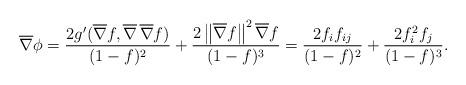
LaTeX: \begin{align*}\overline{\nabla}{\phi}=\frac{2g'(\overline{\nabla}{f},\overline{\nabla}\,\overline{\nabla}{f})}{(1-f)^{2}}+\frac{2\left\|\overline{\nabla}{f}\right\|^{2}\overline{\nabla}{f}}{(1-f)^{3}}=\frac{2f_{i}f_{ij}}{(1-f)^{2}}+\frac{2f_{i}^{2}f_{j}}{(1-f)^{3}}.\end{align*}